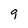
Character: 9